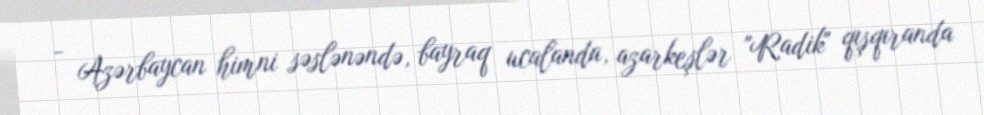
- Azərbaycan himni səslənəndə, bayraq ucalanda, azarkeşlər "Radik" qışqıranda